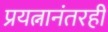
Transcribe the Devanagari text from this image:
प्रयत्नानंतरही